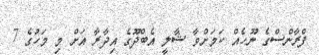
ފްރާންސްގެ ނޫހެއް ކަމަށްވާ ޝާލީ އެބްދޫގެ އިދާރާ އަށް މި މަހުގެ 7